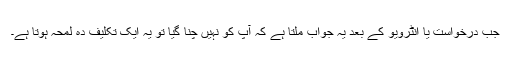
جب درخواست یا انٹرویو کے بعد یہ جواب ملتا ہے کہ آپ کو نہیں چنا گیا تو یہ ایک تکلیف دہ لمحہ ہوتا ہے۔